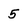
Character: 5